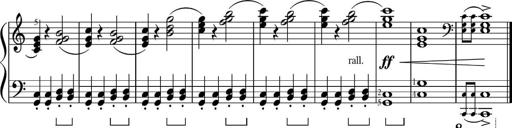
Title: Sonatinas
Composer: Andrew Violette